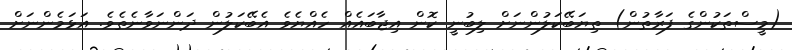
(މީސްތަކުންގެ ފަރާތުން) ތިޔަބޭކަލުންނަށް ލިބުނީ ކޮން އިޖާބައެއް ހެއްޔެވެ އެބޭކަލުން ދަންނަވާނެތެވެ. އަޅަމެންނަށް